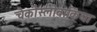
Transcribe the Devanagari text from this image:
चैकोस्लोवाकिया